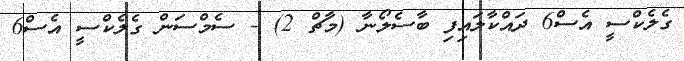
ގެލެކްސީ އެސް6 ދައްކާލައިފި ބާސެލޯނާ (މާޗް 2) - ސެމްސަން ގެލެކްސީ އެސް6